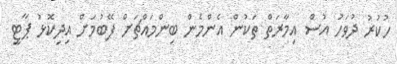
ހުކުރު ދުވަހު އުސް އިމާރަތް ތަކުން އެންމެން ބިންމައްޗަށް ފޭބުމަށް އިދިކޮޅު ޕާޓީ